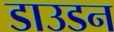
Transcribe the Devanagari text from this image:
डाउडन